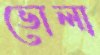
ভোলা